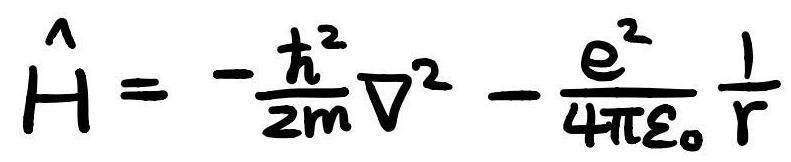
$\hat{H}=-\frac{\hbar^{2}}{2m}\nabla^{2}-\frac{e^{2}}{4\pi\varepsilon_{0}}\frac{1}{r}$